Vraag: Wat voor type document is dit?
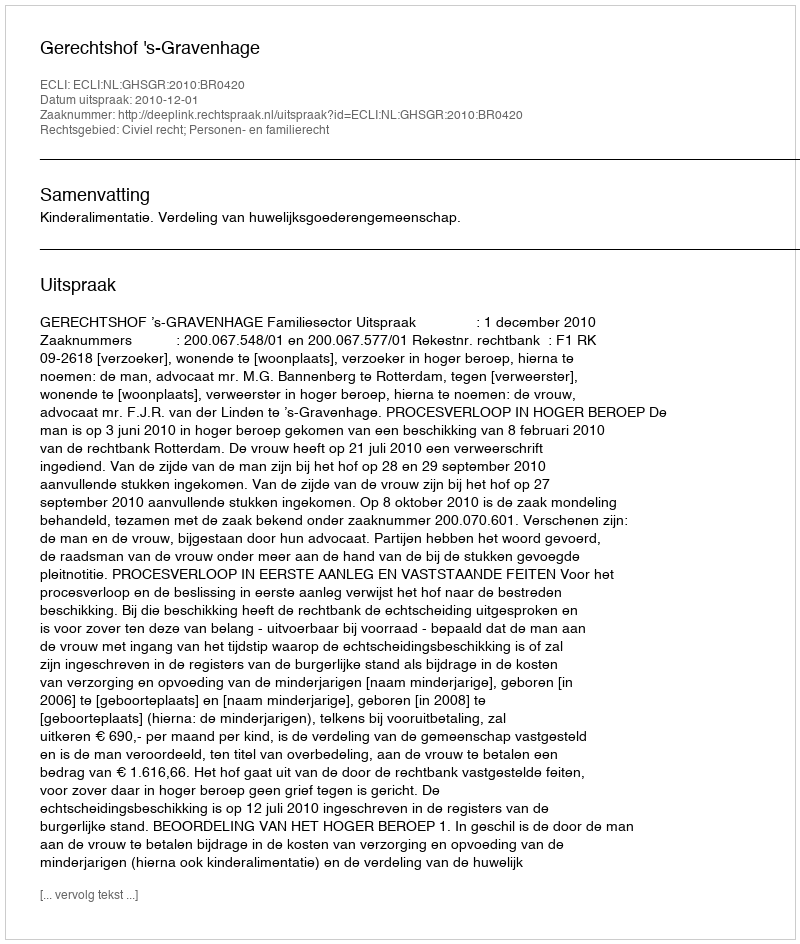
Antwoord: Uitspraak